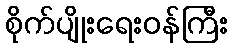
စိုက်ပျိုးရေးဝန်ကြီး